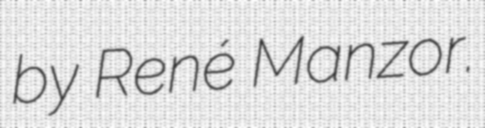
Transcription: by René Manzor.